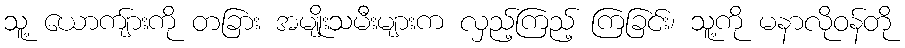
သူ့ ယောကျ်ားကို တခြား အမျိုးသမီးများက လှည့်ကြည့် ကြခြင်း၊ သူ့ကို မနာလိုဝန်တို